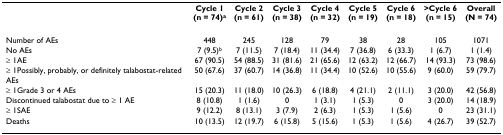
<table><thead><tr><td></td><td><b>Cycle 1(n = 74)<sup>a</sup></b></td><td><b>Cycle 2(n = 61)</b></td><td><b>Cycle 3(n = 38)</b></td><td><b>Cycle 4(n = 32)</b></td><td><b>Cycle 5(n = 19)</b></td><td><b>Cycle 6(n = 18)</b></td><td><b>&gt;Cycle 6(n = 15)</b></td><td><b>Overall(N = 74)</b></td></tr></thead><tbody><tr><td>Number of AEs</td><td>448</td><td>245</td><td>128</td><td>79</td><td>38</td><td>28</td><td>105</td><td>1071</td></tr><tr><td>No AEs</td><td>7 (9.5)<sup>b</sup></td><td>7 (11.5)</td><td>7 (18.4)</td><td>11 (34.4)</td><td>7 (36.8)</td><td>6 (33.3)</td><td>1 (6.7)</td><td>1 (1.4)</td></tr><tr><td>≥ 1AE</td><td>67 (90.5)</td><td>54 (88.5)</td><td>31 (81.6)</td><td>21 (65.6)</td><td>12 (63.2)</td><td>12 (66.7)</td><td>14 (93.3)</td><td>73 (98.6)</td></tr><tr><td>≥ 1Possibly, probably, or definitely talabostat-related AEs</td><td>50 (67.6)</td><td>37 (60.7)</td><td>14 (36.8)</td><td>11 (34.4)</td><td>10 (52.6)</td><td>10 (55.6)</td><td>9 (60.0)</td><td>59 (79.7)</td></tr><tr><td>≥ 1Grade 3 or 4 AEs</td><td>15 (20.3)</td><td>11 (18.0)</td><td>10 (26.3)</td><td>6 (18.8)</td><td>4 (21.1)</td><td>2 (11.1)</td><td>3 (20.0)</td><td>42 (56.8)</td></tr><tr><td>Discontinued talabostat due to ≥ 1 AE</td><td>8 (10.8)</td><td>1 (1.6)</td><td>0</td><td>1 (3.1)</td><td>1 (5.3)</td><td>0</td><td>3 (20.0)</td><td>14 (18.9)</td></tr><tr><td>≥ 1SAE</td><td>9 (12.2)</td><td>8 (13.1)</td><td>3 (7.9)</td><td>2 (6.3)</td><td>1 (5.3)</td><td>1 (5.6)</td><td>0</td><td>23 (31.1)</td></tr><tr><td>Deaths</td><td>10 (13.5)</td><td>12 (19.7)</td><td>6 (15.8)</td><td>5 (15.6)</td><td>1 (5.3)</td><td>1 (5.6)</td><td>4 (26.7)</td><td>39 (52.7)</td></tr></tbody></table>